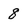
Character: 8